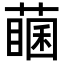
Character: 𦽖